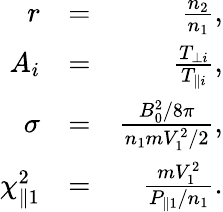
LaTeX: \begin{array}{rlr}{r}&{=}&{\frac{n_{2}}{n_{1}},}\\ {A_{i}}&{=}&{\frac{T_{\perp i}}{T_{\parallel i}},}\\ {\sigma}&{=}&{\frac{B_{0}^{2}/8\pi}{n_{1}mV_{1}^{2}/2},}\\ {\chi_{\parallel 1}^{2}}&{=}&{\frac{mV_{1}^{2}}{P_{\parallel 1}/n_{1}}.}\end{array}